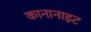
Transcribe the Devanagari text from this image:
कानानाइट